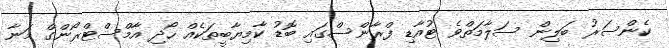
ކެންސަރު ބަލިން ސަލާމަތްވެ ޓުއާޑި ފްރާންސްގައި ބޮޑު ކާމިޔާބީތަކެއް ހޯދި އާމްސްޓްރޯންގް މަނާ